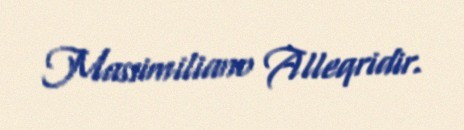
Massimiliano Alleqridir.